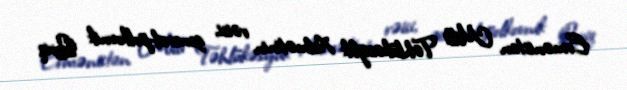
Ermənistan Milli Təhlükəsizlik Xidmətinin rəisi, general-polkovnik Qoriq